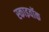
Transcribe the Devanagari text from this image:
स्काइवॉक